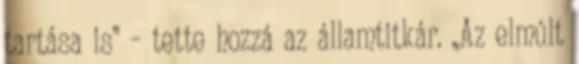
tartása is” – tette hozzá az államtitkár. „Az elmúlt